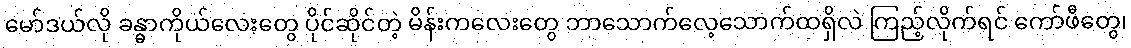
မော်ဒယ်လို ခန္ဓာကိုယ်လေးတွေ ပိုင်ဆိုင်တဲ့ မိန်းကလေးတွေ ဘာသောက်လေ့သောက်ထရှိလဲ ကြည့်လိုက်ရင် ကော်ဖီတွေ၊